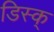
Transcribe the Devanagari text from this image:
डिस्क्